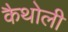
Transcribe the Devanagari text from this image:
कैथोली